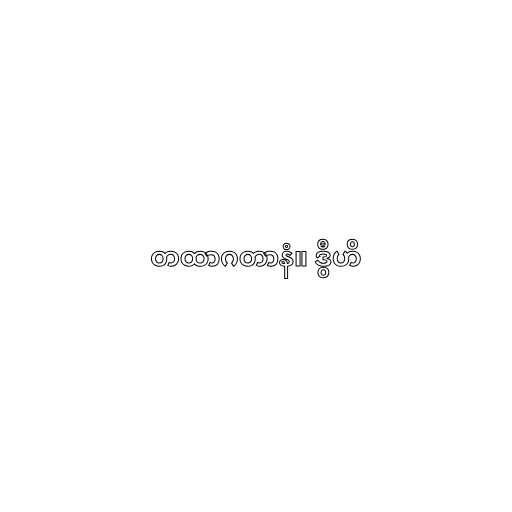
တထာဂတာနံ။ ဒွီဟိ